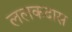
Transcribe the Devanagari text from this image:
ललकदास